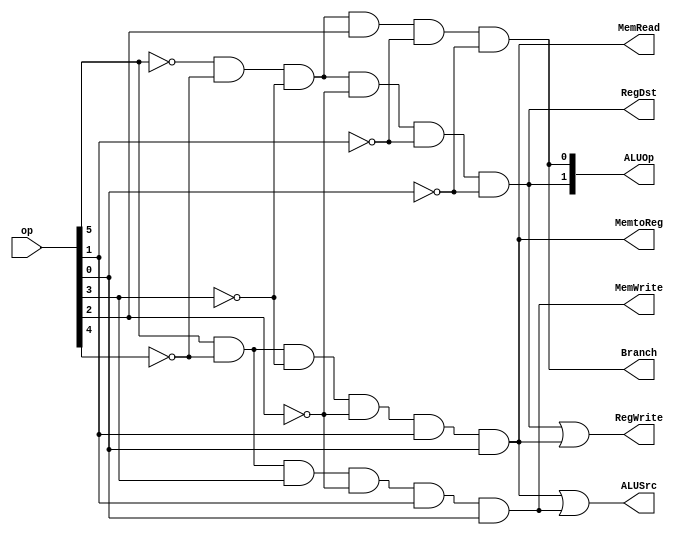
module Vr_HW2_control (op, RegDst, Branch, MemRead, MemtoReg, ALUOp, MemWrite, ALUSrc, RegWrite);
  input [5:0] op;
  output RegDst, Branch, MemRead, MemtoReg, MemWrite, ALUSrc, RegWrite;
  output [1:0] ALUOp;

  wire sig_r_format, sig_lw, sig_sw, sig_beq;

  /* Implementation 10: fill in your implementation here */
and A1(sig_r_format, ~op[5], ~op[4], ~op[3], ~op[2], ~op[1], ~op[0]);
and A2(sig_lw, op[5], ~op[4], ~op[3], ~op[2], op[1], op[0]);
and A3(sig_sw, op[5], ~op[4], op[3], ~op[2], op[1], op[0]);
and A4(sig_beq, ~op[5], ~op[4], ~op[3], op[2], ~op[1], ~op[0]);

assign RegDst = sig_r_format;
assign MemtoReg = sig_lw;
assign MemRead = sig_lw;
assign MemWrite = sig_sw;
assign Branch = sig_beq;
assign ALUOp[1] = sig_r_format;
assign ALUOp[0] = sig_beq;

or O1(ALUSrc, sig_lw, sig_sw);
or O2(RegWrite, sig_r_format, sig_lw);
endmodule